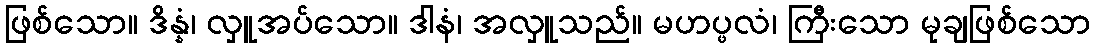
ဖြစ်သော။ ဒိန္နံ၊ လှူအပ်သော။ ဒါနံ၊ အလှူသည်။ မဟပ္ဖလံ၊ ကြီးသော မုချဖြစ်သော